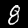
Label: 8